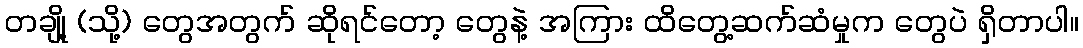
တချို့ (သို့) တွေအတွက် ဆိုရင်တော့ တွေနဲ့ အကြား ထိတွေ့ဆက်ဆံမှုက တွေပဲ ရှိတာပါ။